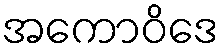
အကောဝိဒေ